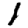
Digit: 1